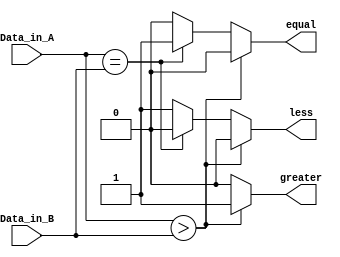
module comparator(
    Data_in_A, 
    Data_in_B,  
    less,       
   equal,       
     greater           
    );

  
    input [3:0] Data_in_A;
    input [3:0] Data_in_B;
 
    output less;
     output equal;
     output greater;
  
     reg less;
     reg equal;
     reg greater;

  
    always @(Data_in_A or Data_in_B)
     begin
        if(Data_in_A > Data_in_B)   begin  
            less = 0;
            equal = 0;
            greater = 1;    end
        else if(Data_in_A == Data_in_B) begin 
            less = 0;
            equal = 1;
            greater = 0;   
	 end
        else 
	   begin
            less = 1;
            equal = 0;
            greater =0;
        end  
    end
endmodule